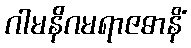
ဂါမနိဂမရာဇဓာနိံ